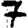
Digit: 7